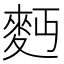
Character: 麪